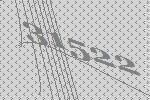
31522